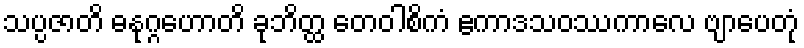
သပ္ပဇာတိ ဓနုဂ္ဂဟောတိ ခုဘိတ္ထ တေဝါစိကံ ဧကာဒသဝဿကာလေ ဗျာပေတုံ